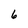
Character: 6